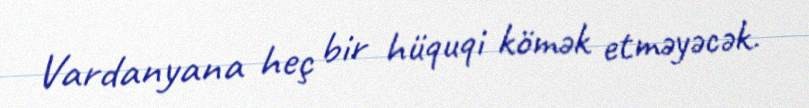
Vardanyana heç bir hüquqi kömək etməyəcək.